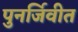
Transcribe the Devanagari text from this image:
पुनर्जिवीत